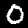
Digit: 0